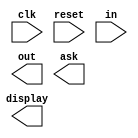
`timescale 1ns/10ps
module scale_down(
					clk, reset, in, 	//input
					out, display, ask);	//output
input	clk, reset;
input   [7:0] in;
output  [7:0] out;
output	display;
output  ask;


endmodule